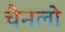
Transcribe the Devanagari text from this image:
चैनलो